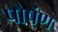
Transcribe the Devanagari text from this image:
पोषंण